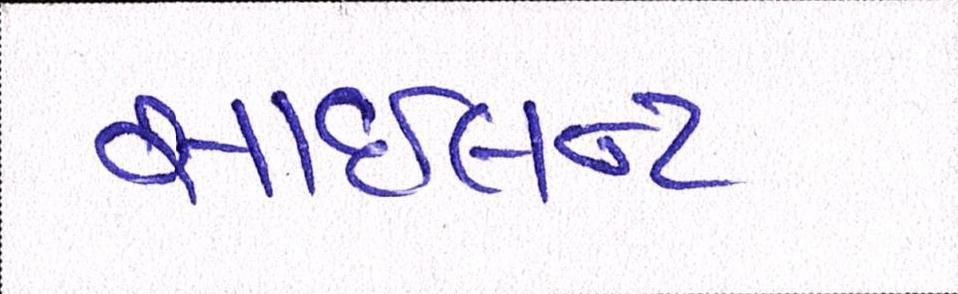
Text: સાઇલન્ટ